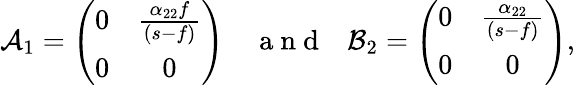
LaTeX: \mathcal{A}_{1}=\left(\begin{array}{cc}{0}&{\frac{\alpha_{22}f}{(s-f)}}\\ {0}&{0}\end{array}\right)~~~~\mathrm{~a~n~d~}~~~\mathcal{B}_{2}=\left(\begin{array}{cc}{0}&{\frac{\alpha_{22}}{(s-f)}}\\ {0}&{0}\end{array}\right),